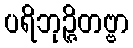
ပရိဘုဉ္ဇိတဗ္ဗာ